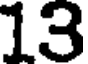
13